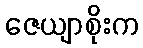
ဇေယျာစိုးက